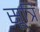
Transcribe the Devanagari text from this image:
सूत्रि